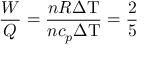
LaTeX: { \frac { W } { Q } } = { \frac { n R \Delta \mathrm { T } } { n c _ { p } \Delta \mathrm { T } } } = { \frac { 2 } { 5 } }